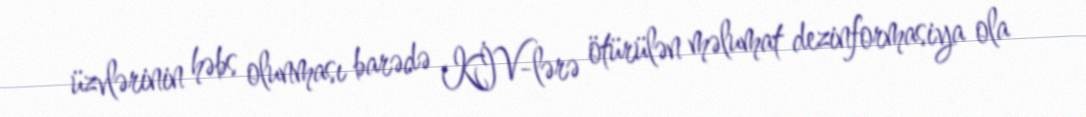
üzvlərinin həbs olunması barədə KİV-lərə ötürülən məlumat dezinformasiya ola